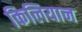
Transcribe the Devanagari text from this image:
किलियान